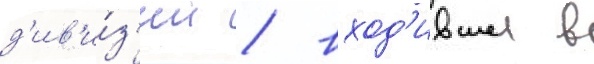
д'ив'и́з'ии / вход'ившеи в